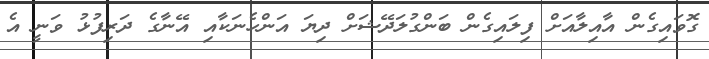
ގޮވައިގެން އާއިލާއަށް ފިލައިގެން ބަންގުލަދޭޝަށް ދިޔަ އަންހެނަކާއި އޭނާގެ ދަރިފުޅު ވަނީ އެ